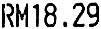
RM18.29